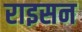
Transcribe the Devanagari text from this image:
राइसन